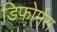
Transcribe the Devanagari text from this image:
डिफोर्मंस